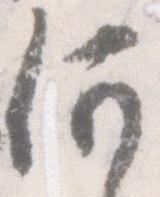
何